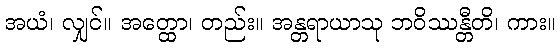
အယံ၊ လျှင်။ အတ္ထော၊ တည်း။ အန္တရာယာသု ဘဝိဿန္တီတိ၊ ကား။